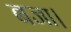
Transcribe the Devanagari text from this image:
बजा।